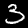
Label: 3